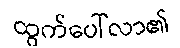
ထွက်ပေါ်လာ၏